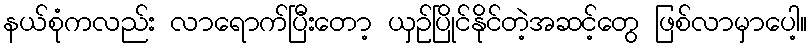
နယ်စုံကလည်း လာရောက်ပြီးတော့ ယှဉ်ပြိုင်နိုင်တဲ့အဆင့်တွေ ဖြစ်လာမှာပေါ့။